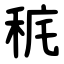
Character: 䅊